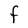
Character: F